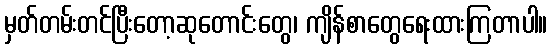
မှတ်တမ်းတင်ပြီးတော့ဆုတောင်းတွေ၊ ကျိန်စာတွေရေးထားကြတာပါ။